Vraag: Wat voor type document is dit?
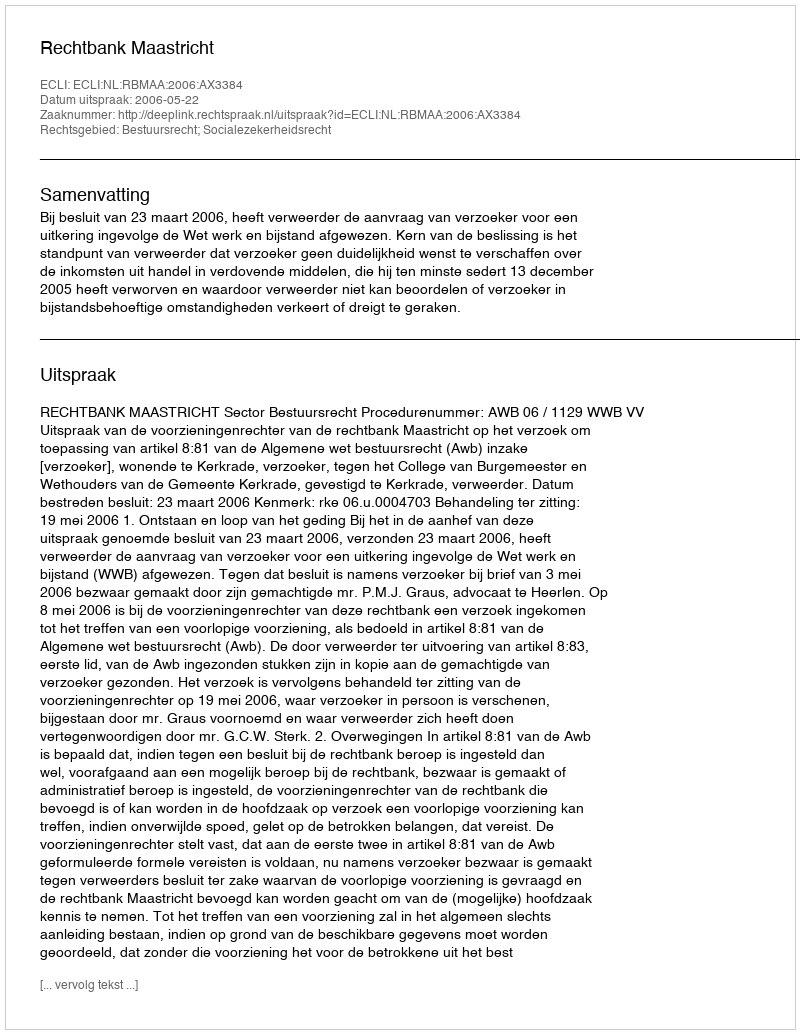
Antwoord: Uitspraak